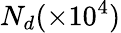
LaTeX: N_{d}(\times 10^{4})